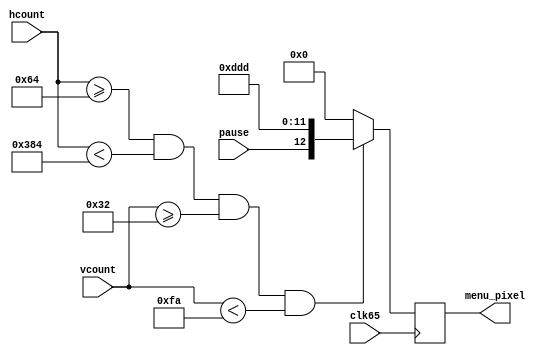
module AV_menu_graphics(
    input clk65,
    input pause,
    input [10:0] hcount,
    input [9:0] vcount,
        
    output reg [12:0] menu_pixel
    );
    
    localparam WIDTH = 800;
    localparam HEIGHT = 200;
    localparam COLOR = 12'hD_D_D;
    localparam startX = 100;
    localparam startY = 50;
    
    
    always @(posedge clk65) begin
        if( hcount >= startX && hcount < (startX + WIDTH) &&
            vcount >= startY && vcount < (startY + HEIGHT))
            menu_pixel <= {pause, COLOR};
        else menu_pixel <= 13'b0;
    
    end
    
endmodule